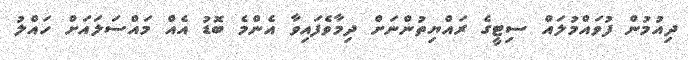
ދިއުމުން ފުވައްމުލައް ސިޓީގެ ރައްޔިތުންނަށް ދިމާވެފައިވާ އެންމެ ބޮޑު އެއް މައްސަލައަށް ހައްލު